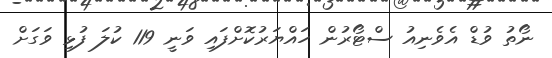
ނޯތު ވުޑް އެވެނިއު ސްޓޯރުން ހައްޔަރުކޮށްފައި ވަނީ 119 ކުލަ ފުޅި ވަގަށް